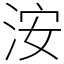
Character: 洝